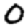
Digit: 0